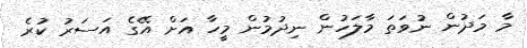
މާ މަދުން ނުވަތަ މާލަހުން ނިދުމުން މީހާ އަށް އޭގެ އަސަރު ކުރެ